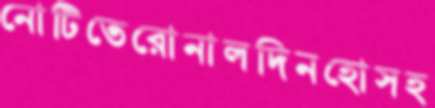
নোটিতেরোনালদিনহোসহ